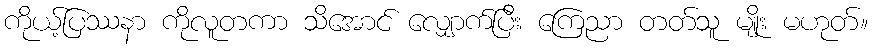
ကိုယ့်ပြဿနာ ကိုလူတကာ သိအောင် လျှောက်ပြီး ကြေညာ တတ်သူ မျိုး မဟုတ်။